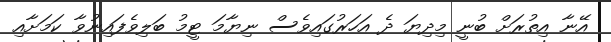
އޭނާ އިތުރަށް ބުނީ މިދިޔަ ދެ އަހަރުގައިވެސް ނިޔާމަ ޓީމު ބަލިވެފައިނުވާ ކަމަށާއި